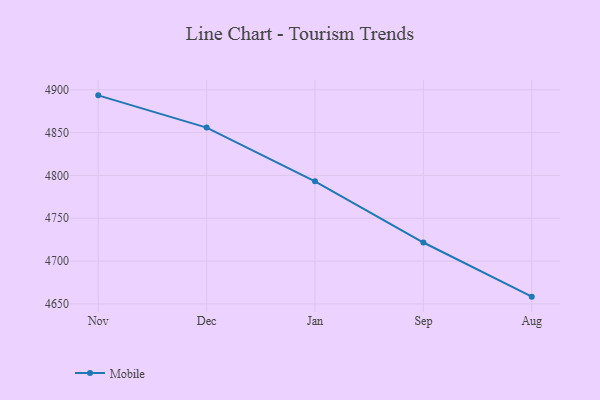
{"axis": {"x": "Month", "y": "Energy Usage (MWh)"}, "legend": ["Mobile"], "data": [{"x": "Nov", "y": 4893.5, "type": "Mobile"}, {"x": "Dec", "y": 4855.9, "type": "Mobile"}, {"x": "Jan", "y": 4793.1, "type": "Mobile"}, {"x": "Sep", "y": 4721.7, "type": "Mobile"}, {"x": "Aug", "y": 4658.5, "type": "Mobile"}]}